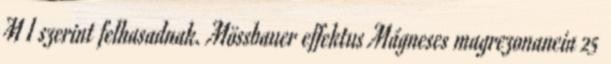
M I szerint felhasadnak. Mössbauer effektus Mágneses magrezonancia 25